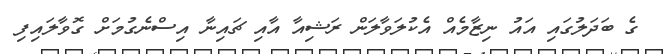
ގެ ބަދަލުގައި އައު ނިޒާމެއް އެކުލަވާލަން ރަޝިއާ އާއި ޗައިނާ އިސްނެގުމަށް ގޮވާލައިފި